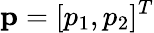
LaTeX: {\mathbf p}=[p_{1},p_{2}]^{T}